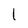
Character: l